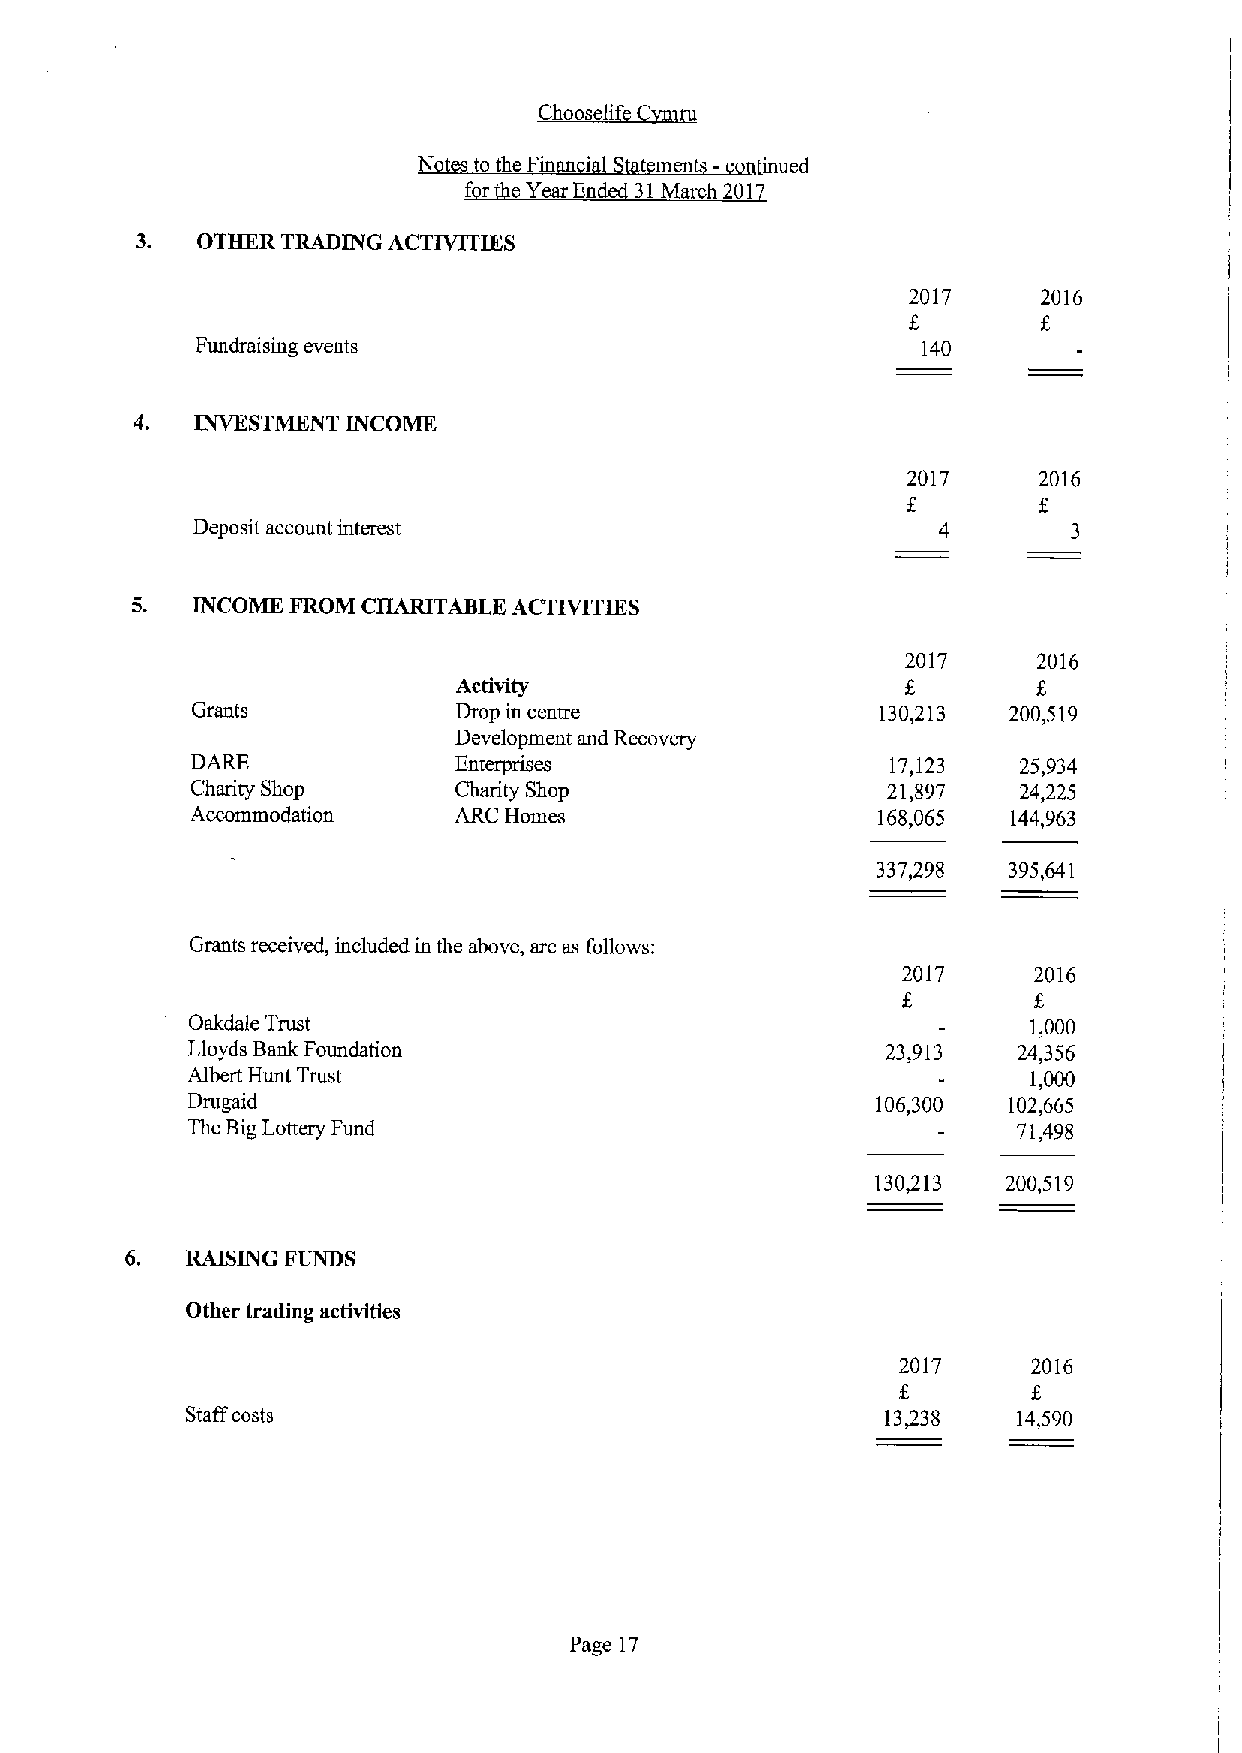
Choosel~i
 to the Fin i t men - ' ued
 f r eYear En 31March 201
 3.  OTHER TRADING ACTIVITIES
 2017     2016
 Fundraising events                              140
 4.  INVESTMENT INCOME
 2017     2016
 Deposit account intent                           4        3
 5.  INCOME FROM CHARITABLE ACTIVITIES
 2017     2016
 Activity
 Grants           Drop in centre              130,213  200,519
 Development and Recovery
 DARE             Enterprises                  17,123   25,934
 Charity Shop     Charity Shop                 21,897  24/25
 Accommodation    ARC Homes                   168,065  144,963
 337,298  395,641
 Grants received, included in the above, are as follows:
 2017    2016
 0akdale Trust                                          1,000
 Lloyds Bank Foundation                         23,913  24,356
 Albert Hunt Trust                                       1,000
 Drugaid                                       106,300  102,665
 The BigLottery Fund                                    71,498
 130/13   200,519
 6.  RAISING FUNDS
 Other trading activities
 2017    2016
 Staffcosts                                     13/38   14,590
 Page 17